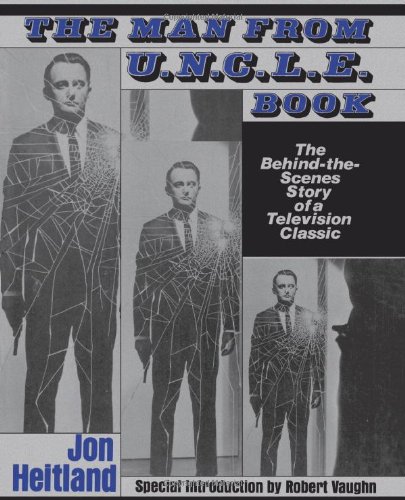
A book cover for The Man from U.N.C.L.E. Book: The Behind-the-Scenes Story of a Television Classic; Jon Heitland; Humor & Entertainment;